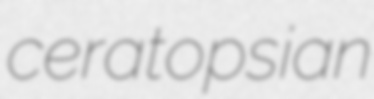
ceratopsian